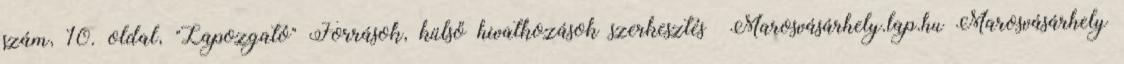
szám, 10. oldal, "Lapozgató" Források, külső hivatkozások szerkesztés Marosvásárhely.lap.hu Marosvásárhely